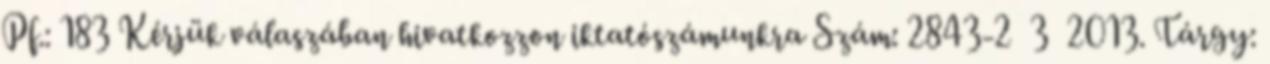
Pf.: 183 Kérjük válaszában hivatkozzon iktatószámunkra Szám: 2843-2 3 2013. Tárgy: